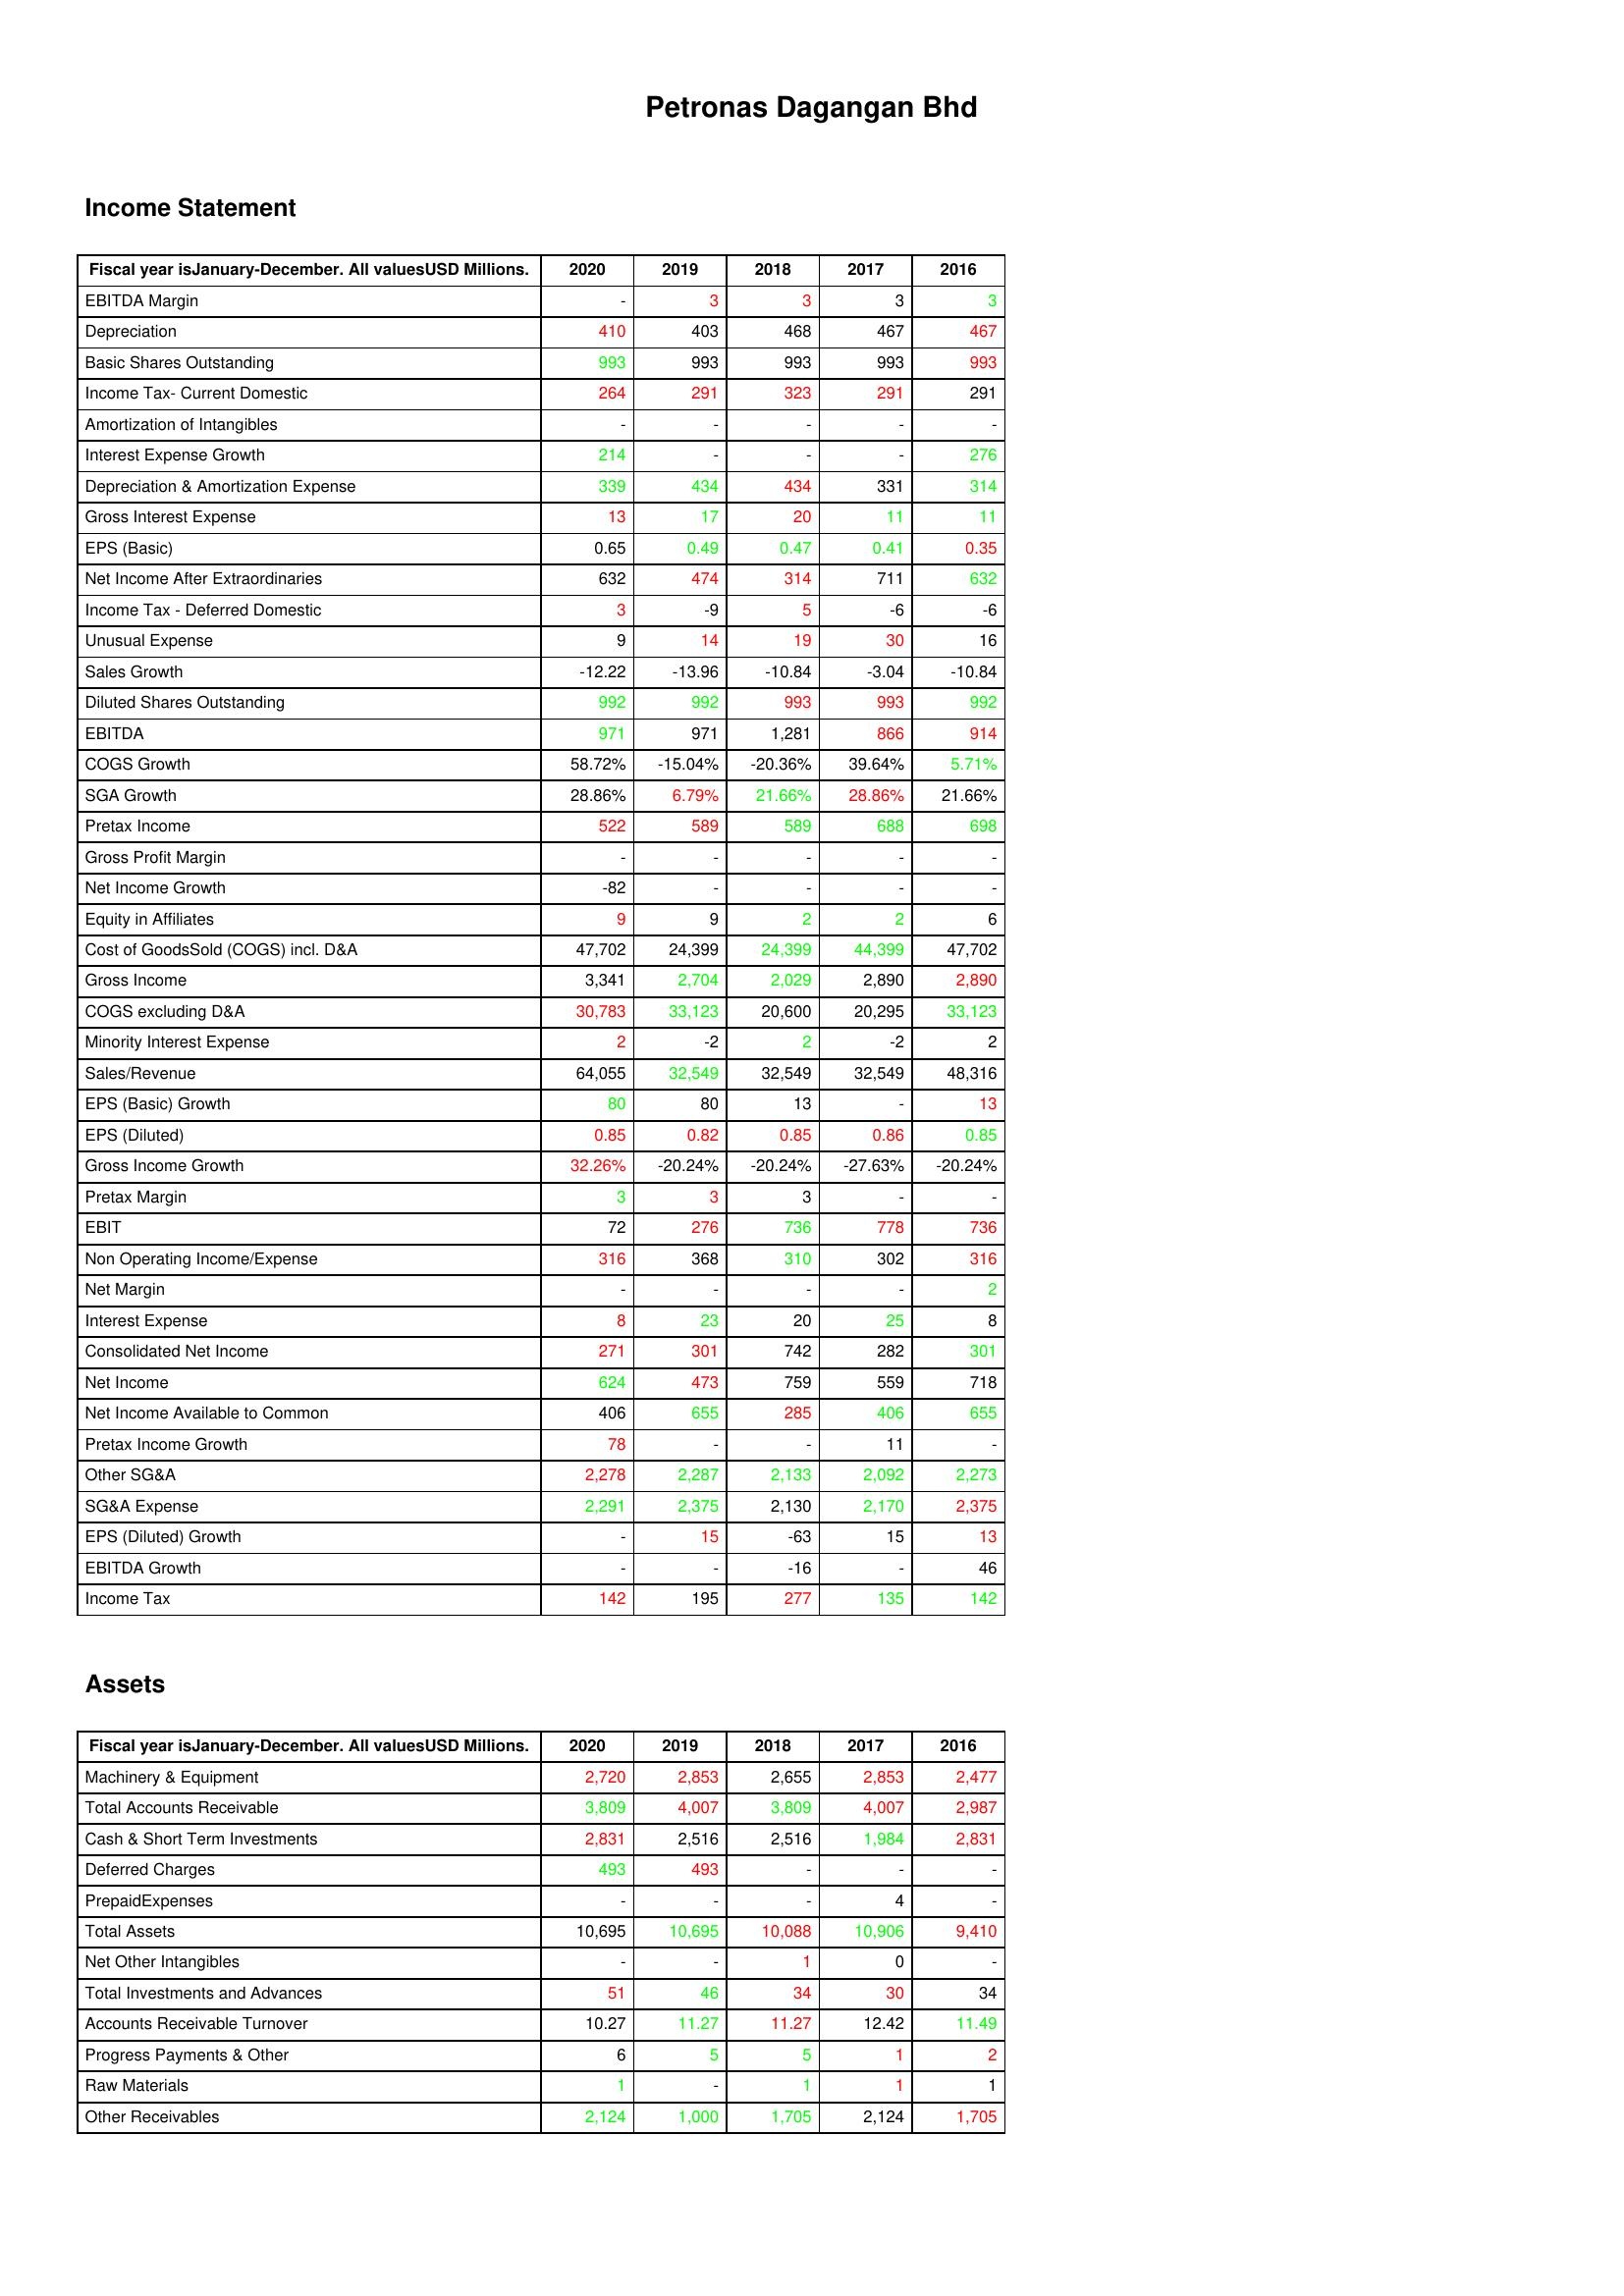
gt_parse: 2020: Income Statement: EBITDA Margin: -
Depreciation: 410
Basic Shares Outstanding: 993
Income Tax- Current Domestic: 264
Amortization of Intangibles: -
Interest Expense Growth: 214
Depreciation & Amortization Expense: 339
Gross Interest Expense: 13
EPS (Basic): 0.65
Net Income After Extraordinaries: 632
Income Tax - Deferred Domestic: 3
Unusual Expense: 9
Sales Growth: -12.22
Diluted Shares Outstanding: 992
EBITDA: 971
COGS Growth: 58.72%
SGA Growth: 28.86%
Pretax Income: 522
Gross Profit Margin: -
Net Income Growth: -82
Equity in Affiliates: 9
Cost of GoodsSold (COGS) incl. D&A: 47,702
Gross Income: 3,341
COGS excluding D&A: 30,783
Minority Interest Expense: 2
Sales/Revenue: 64,055
EPS (Basic) Growth: 80
EPS (Diluted): 0.85
Gross Income Growth: 32.26%
Pretax Margin: 3
EBIT: 72
Non Operating Income/Expense: 316
Net Margin: -
Interest Expense: 8
Consolidated Net Income: 271
Net Income: 624
Net Income Available to Common: 406
Pretax Income Growth: 78
Other SG&A: 2,278
SG&A Expense: 2,291
EPS (Diluted) Growth: -
EBITDA Growth: -
Income Tax: 142
Assets: Machinery & Equipment: 2,720
Total Accounts Receivable: 3,809
Cash & Short Term Investments: 2,831
Deferred Charges: 493
PrepaidExpenses: -
Total Assets: 10,695
Net Other Intangibles: -
Total Investments and Advances: 51
Accounts Receivable Turnover: 10.27
Progress Payments & Other: 6
Raw Materials: 1
Other Receivables: 2,124
2019: Income Statement: EBITDA Margin: 3
Depreciation: 403
Basic Shares Outstanding: 993
Income Tax- Current Domestic: 291
Amortization of Intangibles: -
Interest Expense Growth: -
Depreciation & Amortization Expense: 434
Gross Interest Expense: 17
EPS (Basic): 0.49
Net Income After Extraordinaries: 474
Income Tax - Deferred Domestic: -9
Unusual Expense: 14
Sales Growth: -13.96
Diluted Shares Outstanding: 992
EBITDA: 971
COGS Growth: -15.04%
SGA Growth: 6.79%
Pretax Income: 589
Gross Profit Margin: -
Net Income Growth: -
Equity in Affiliates: 9
Cost of GoodsSold (COGS) incl. D&A: 24,399
Gross Income: 2,704
COGS excluding D&A: 33,123
Minority Interest Expense: -2
Sales/Revenue: 32,549
EPS (Basic) Growth: 80
EPS (Diluted): 0.82
Gross Income Growth: -20.24%
Pretax Margin: 3
EBIT: 276
Non Operating Income/Expense: 368
Net Margin: -
Interest Expense: 23
Consolidated Net Income: 301
Net Income: 473
Net Income Available to Common: 655
Pretax Income Growth: -
Other SG&A: 2,287
SG&A Expense: 2,375
EPS (Diluted) Growth: 15
EBITDA Growth: -
Income Tax: 195
Assets: Machinery & Equipment: 2,853
Total Accounts Receivable: 4,007
Cash & Short Term Investments: 2,516
Deferred Charges: 493
PrepaidExpenses: -
Total Assets: 10,695
Net Other Intangibles: -
Total Investments and Advances: 46
Accounts Receivable Turnover: 11.27
Progress Payments & Other: 5
Raw Materials: -
Other Receivables: 1,000
2018: Income Statement: EBITDA Margin: 3
Depreciation: 468
Basic Shares Outstanding: 993
Income Tax- Current Domestic: 323
Amortization of Intangibles: -
Interest Expense Growth: -
Depreciation & Amortization Expense: 434
Gross Interest Expense: 20
EPS (Basic): 0.47
Net Income After Extraordinaries: 314
Income Tax - Deferred Domestic: 5
Unusual Expense: 19
Sales Growth: -10.84
Diluted Shares Outstanding: 993
EBITDA: 1,281
COGS Growth: -20.36%
SGA Growth: 21.66%
Pretax Income: 589
Gross Profit Margin: -
Net Income Growth: -
Equity in Affiliates: 2
Cost of GoodsSold (COGS) incl. D&A: 24,399
Gross Income: 2,029
COGS excluding D&A: 20,600
Minority Interest Expense: 2
Sales/Revenue: 32,549
EPS (Basic) Growth: 13
EPS (Diluted): 0.85
Gross Income Growth: -20.24%
Pretax Margin: 3
EBIT: 736
Non Operating Income/Expense: 310
Net Margin: -
Interest Expense: 20
Consolidated Net Income: 742
Net Income: 759
Net Income Available to Common: 285
Pretax Income Growth: -
Other SG&A: 2,133
SG&A Expense: 2,130
EPS (Diluted) Growth: -63
EBITDA Growth: -16
Income Tax: 277
Assets: Machinery & Equipment: 2,655
Total Accounts Receivable: 3,809
Cash & Short Term Investments: 2,516
Deferred Charges: -
PrepaidExpenses: -
Total Assets: 10,088
Net Other Intangibles: 1
Total Investments and Advances: 34
Accounts Receivable Turnover: 11.27
Progress Payments & Other: 5
Raw Materials: 1
Other Receivables: 1,705
2017: Income Statement: EBITDA Margin: 3
Depreciation: 467
Basic Shares Outstanding: 993
Income Tax- Current Domestic: 291
Amortization of Intangibles: -
Interest Expense Growth: -
Depreciation & Amortization Expense: 331
Gross Interest Expense: 11
EPS (Basic): 0.41
Net Income After Extraordinaries: 711
Income Tax - Deferred Domestic: -6
Unusual Expense: 30
Sales Growth: -3.04
Diluted Shares Outstanding: 993
EBITDA: 866
COGS Growth: 39.64%
SGA Growth: 28.86%
Pretax Income: 688
Gross Profit Margin: -
Net Income Growth: -
Equity in Affiliates: 2
Cost of GoodsSold (COGS) incl. D&A: 44,399
Gross Income: 2,890
COGS excluding D&A: 20,295
Minority Interest Expense: -2
Sales/Revenue: 32,549
EPS (Basic) Growth: -
EPS (Diluted): 0.86
Gross Income Growth: -27.63%
Pretax Margin: -
EBIT: 778
Non Operating Income/Expense: 302
Net Margin: -
Interest Expense: 25
Consolidated Net Income: 282
Net Income: 559
Net Income Available to Common: 406
Pretax Income Growth: 11
Other SG&A: 2,092
SG&A Expense: 2,170
EPS (Diluted) Growth: 15
EBITDA Growth: -
Income Tax: 135
Assets: Machinery & Equipment: 2,853
Total Accounts Receivable: 4,007
Cash & Short Term Investments: 1,984
Deferred Charges: -
PrepaidExpenses: 4
Total Assets: 10,906
Net Other Intangibles: 0
Total Investments and Advances: 30
Accounts Receivable Turnover: 12.42
Progress Payments & Other: 1
Raw Materials: 1
Other Receivables: 2,124
2016: Income Statement: EBITDA Margin: 3
Depreciation: 467
Basic Shares Outstanding: 993
Income Tax- Current Domestic: 291
Amortization of Intangibles: -
Interest Expense Growth: 276
Depreciation & Amortization Expense: 314
Gross Interest Expense: 11
EPS (Basic): 0.35
Net Income After Extraordinaries: 632
Income Tax - Deferred Domestic: -6
Unusual Expense: 16
Sales Growth: -10.84
Diluted Shares Outstanding: 992
EBITDA: 914
COGS Growth: 5.71%
SGA Growth: 21.66%
Pretax Income: 698
Gross Profit Margin: -
Net Income Growth: -
Equity in Affiliates: 6
Cost of GoodsSold (COGS) incl. D&A: 47,702
Gross Income: 2,890
COGS excluding D&A: 33,123
Minority Interest Expense: 2
Sales/Revenue: 48,316
EPS (Basic) Growth: 13
EPS (Diluted): 0.85
Gross Income Growth: -20.24%
Pretax Margin: -
EBIT: 736
Non Operating Income/Expense: 316
Net Margin: 2
Interest Expense: 8
Consolidated Net Income: 301
Net Income: 718
Net Income Available to Common: 655
Pretax Income Growth: -
Other SG&A: 2,273
SG&A Expense: 2,375
EPS (Diluted) Growth: 13
EBITDA Growth: 46
Income Tax: 142
Assets: Machinery & Equipment: 2,477
Total Accounts Receivable: 2,987
Cash & Short Term Investments: 2,831
Deferred Charges: -
PrepaidExpenses: -
Total Assets: 9,410
Net Other Intangibles: -
Total Investments and Advances: 34
Accounts Receivable Turnover: 11.49
Progress Payments & Other: 2
Raw Materials: 1
Other Receivables: 1,705